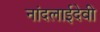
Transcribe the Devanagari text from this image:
नांदलाईदेवी